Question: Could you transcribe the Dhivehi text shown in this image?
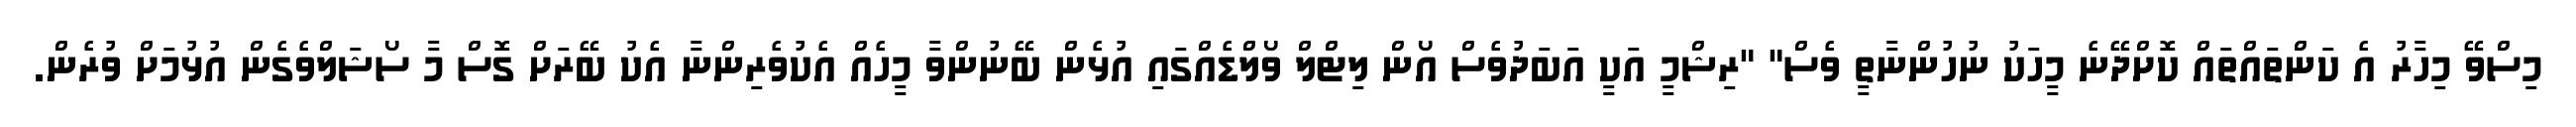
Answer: މިސްވޭ މިހާރު އެ ކަންތައްތައް ކޮށްދޭނެ މީހަކު ނުހުންނާތީ ވެސް" "ރިޝްމީ އަކީ އަބަދުވެސް އޯން ލިޓްލް ވޯލްޑެއްގައި އުޅެން ބޭނުންވާ މީހެއް އެކުވެރިންނާ އެކު ބޭރަށް ގޮސް މާ ސޯޝަލްވެގެން އުޅުމަށް ވުރެން.